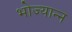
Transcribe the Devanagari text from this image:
भोज्यान्न